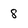
Character: 8